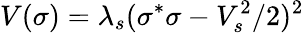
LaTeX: V(\sigma)=\lambda_{s}(\sigma^{*}\sigma-V_{s}^{2}/2)^{2}